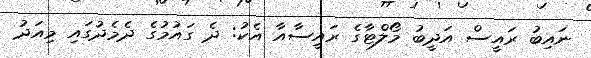
ނައިބު ރައީސް އަދީބު މޯލްޓާގެ ރައީސާއާ އެކު: ދެ ގައުމުގެ ދެމެދުގައި މިއަދު